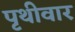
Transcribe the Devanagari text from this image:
पृथीवार